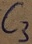
Text: C3